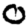
Digit: 0